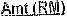
AMT(RM)